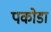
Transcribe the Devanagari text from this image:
पकोडा